Proceedings of the meeting of veterinary officers in India
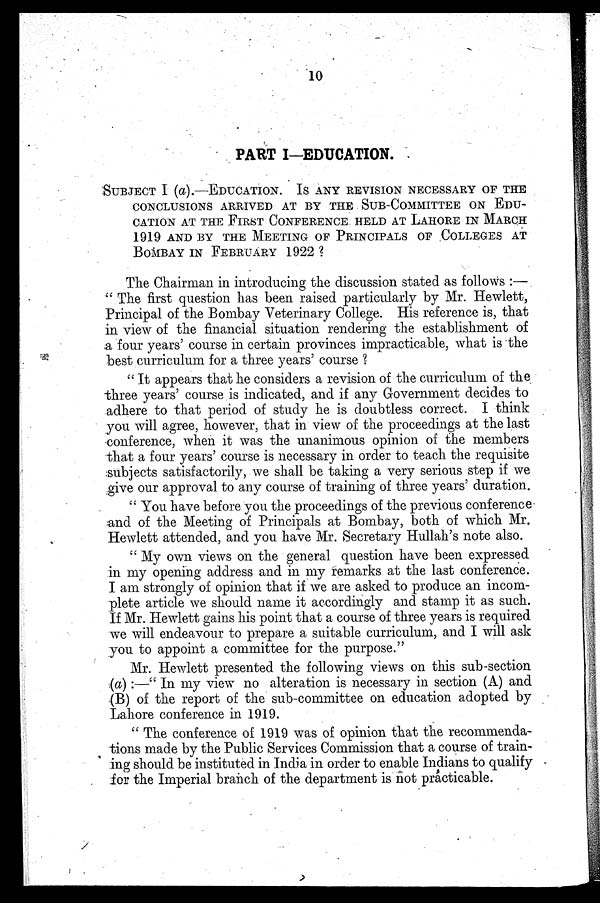
10
PART I.—EDUCATION.
SUBJECT I (a).—EDUCATION. IS ANY REVISION NECESSARY OF THE
CONCLUSIONS ARRIVED AT BY THE SUB-COMMITTEE ON EDU-
CATION AT THE FIRST CONFERENCE HELD AT LAHORE IN MARCH
1919 AND BY THE MEETING OF PRINCIPALS OF COLLEGES AT
BOMBAY IN FEBRUARY 1922?
The Chairman in introducing the discussion stated as follows:—
"The first question has been raised particularly by Mr. Hewlett,
Principal of the Bombay Veterinary College. His reference is, that
in view of the financial situation rendering the establishment of
a four years' course in certain provinces impracticable, what is the
best curriculum for a three years' course?
"It appears that he considers a revision of the curriculum of the
three years' course is indicated, and if any Government decides to
adhere to that period of study he is doubtless correct. I think
you will agree, however, that in view of the proceedings at the last
conference, when it was the unanimous opinion of the members
that a four years' course is necessary in order to teach the requisite
subjects satisfactorily, we shall be taking a very serious step if we
give our approval to any course of training of three years' duration.
"You have before you the proceedings of the previous conference
and of the Meeting of Principals at Bombay, both of which Mr.
Hewlett attended, and you have Mr. Secretary Hullah's note also.
"My own views on the general question have been expressed
in my opening address and in my remarks at the last conference.
I am strongly of opinion that if we are asked to produce an incom-
jlete article we should name it accordingly and stamp it as such.
If Mr. Hewlett gains his point that a course of three years is required
we will endeavour to prepare a suitable curriculum, and I will ask
you to appoint a committee for the purpose."
Mr. Hewlett presented the following views on this sub-section
(a):—"In my view no alteration is necessary in section (A) and
(B) of the report of the sub-committee on education adopted by
Lahore conference in 1919.
"The conference of 1919 was of opinion that the recommenda-
tions made by the Public Services Commission that a course of train-
me should be instituted in India in order to enable Indians to qualify
for the Imperial branch of the department is not practicable.